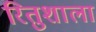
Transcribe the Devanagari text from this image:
रितुशाला